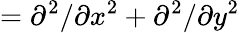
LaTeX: =\partial^{2}/\partial x^{2}+\partial^{2}/\partial y^{2}